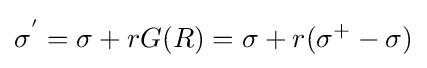
\sigma ^{'}=\sigma +rG(R)=\sigma +r(\sigma ^{+}-\sigma )